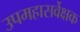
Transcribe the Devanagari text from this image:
उपमहासर्वेक्षक